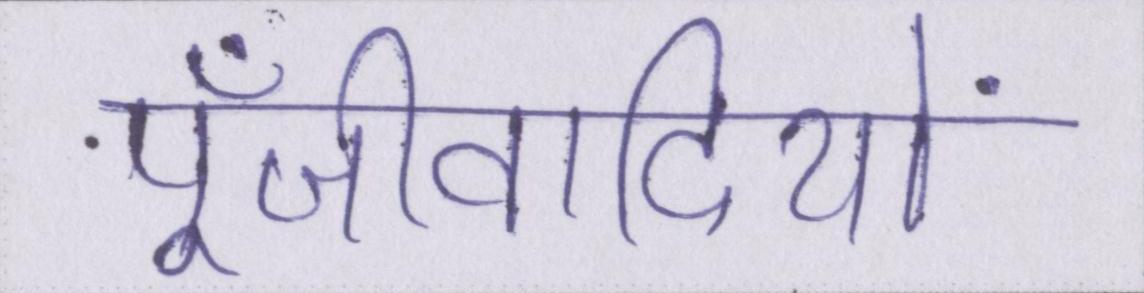
पूँजीवादियों